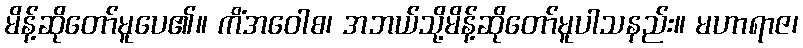
မိန့်ဆိုတော်မူပေ၏။ ကိံအဝေါစ၊ အဘယ်သို့မိန့်ဆိုတော်မူပါသနည်း။ မဟာရာဇ၊